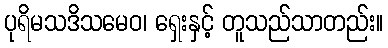
ပုရိမသဒိသမေဝ၊ ရှေးနှင့် တူသည်သာတည်း။